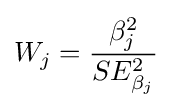
W_{j}={\frac {\beta _{j}^{2}}{SE_{\beta _{j}}^{2}}}